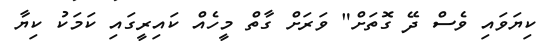
ކިޔަވައި ވެސް ދޭ ގޮތަށް" ވަރަށް ގާތް މީހެއް ކައިރީގައި ކަމަކު ކިޔާ